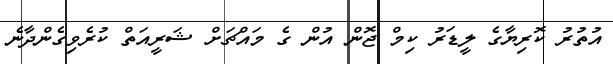
އުތުރު ކޮރިޔާގެ ލީޑަރު ކިމް ޖޮން އުން ގެ މައްޗަށް ޝަރީއަތް ކުރެވިގެންދާނެ